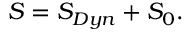
S = S _ { D y n } + S _ { 0 } .